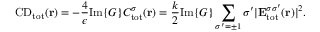
\mathrm { C D } _ { \mathrm { { t o t } } } ( { \bf r } ) = - \frac { 4 } { \epsilon } \mathrm { I m } \{ G \} C _ { \mathrm { { t o t } } } ^ { \sigma } ( { \bf r } ) = \frac { k } { 2 } \mathrm { I m } \{ G \} \sum _ { \sigma ^ { \prime } = \pm 1 } \sigma ^ { \prime } | { \bf E } _ { \mathrm { t o t } } ^ { \sigma \sigma ^ { \prime } } ( { \bf r } ) | ^ { 2 } .